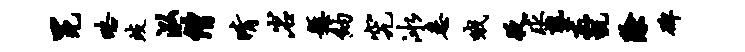
冕略歧泓僧晴岩悬纳究冰悉哦夜求塾杰甑除碑